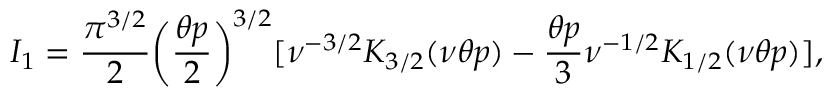
I _ { 1 } = \frac { \pi ^ { 3 / 2 } } { 2 } \biggl ( \frac { \theta p } { 2 } \biggr ) ^ { 3 / 2 } [ \nu ^ { - 3 / 2 } K _ { 3 / 2 } ( \nu \theta p ) - \frac { \theta p } { 3 } \nu ^ { - 1 / 2 } K _ { 1 / 2 } ( \nu \theta p ) ] ,